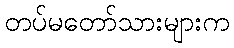
တပ်မတော်သားများက